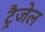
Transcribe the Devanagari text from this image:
ट्रैजेल